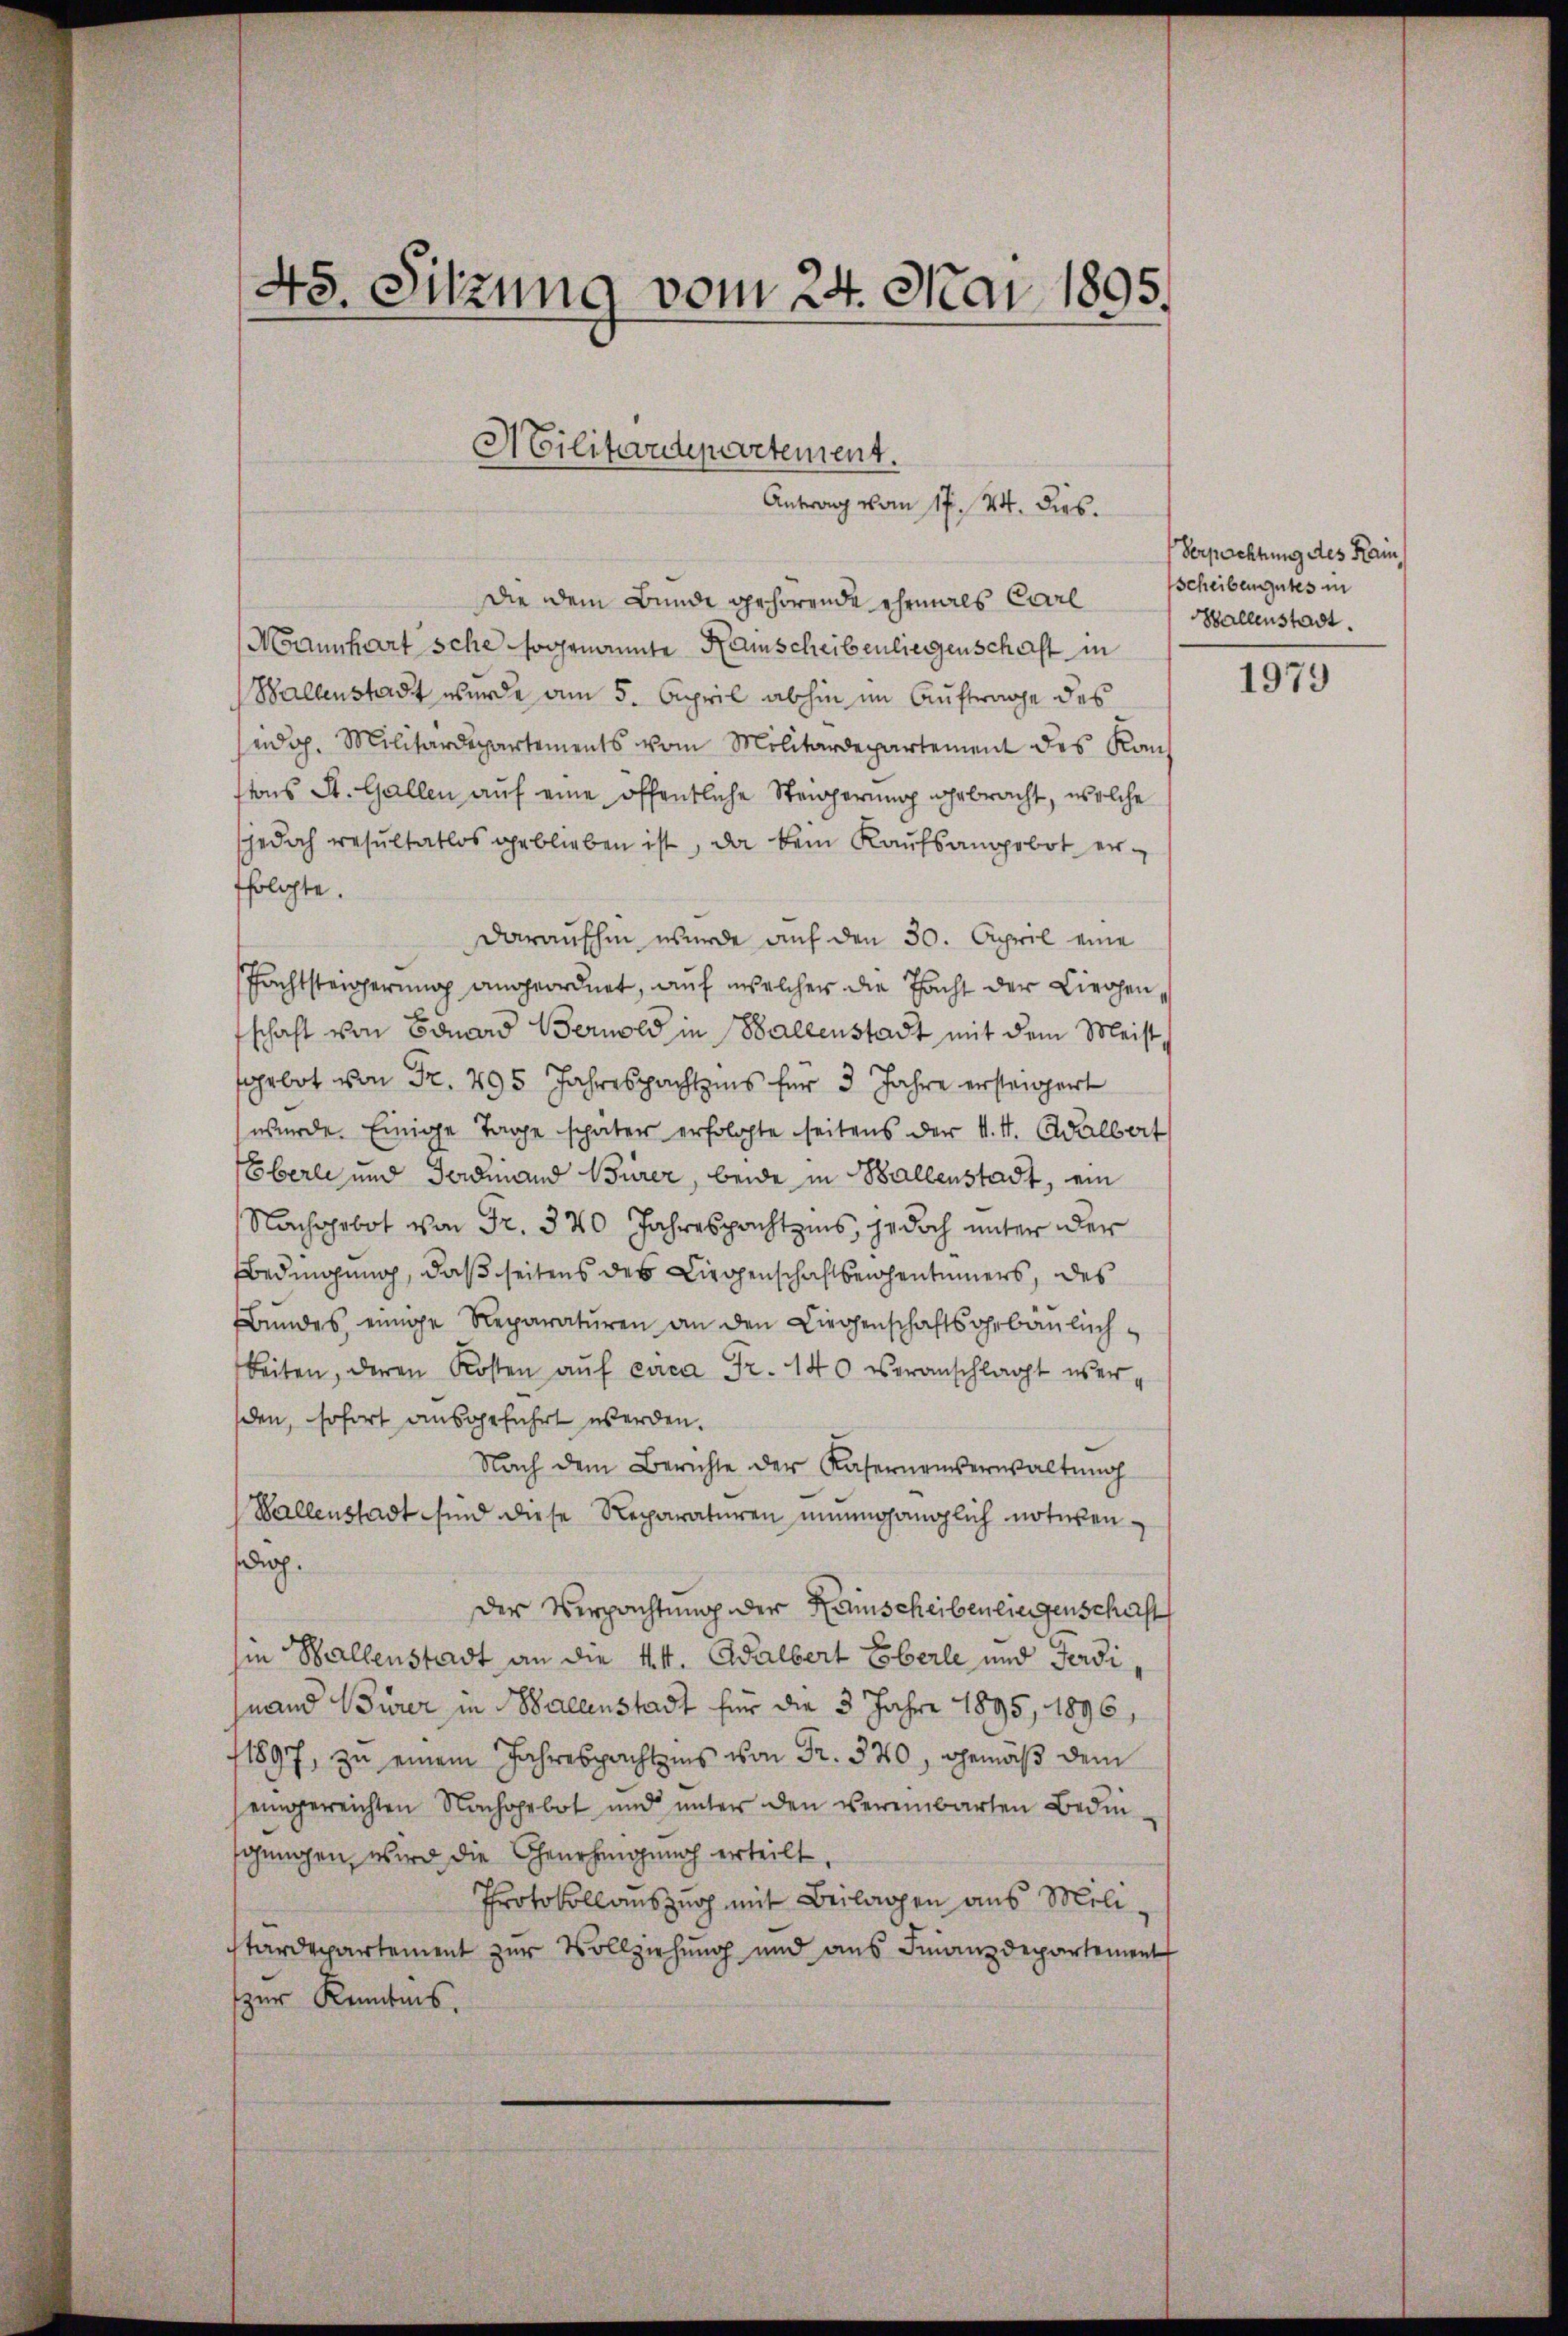
45. Sitzung vom 24. Mai 1895.

Militardepartement.
Antrag vom 17. 24. dies.

die dem Bunde gehörende Ehemals Carl
Mannhart sche sogenannte Hamscheibenliegenschaft in
Ballenstadt wurde am 5. April abhin im Auftrage des
seidg. Militärdepartements vom Militärdepartement des Kantons St. Gallen auf eine öffentliche Steigerung gebracht, welche
sjedoch resultatlos geblieben ist, da kein Kaŭfsangebot er-
folgte.
daraufhin wurde auf den 30. April eine
Pachtsteigerung angeordnet, auf welcher die Pacht der Liechen
schaft von Bonard Bernold in Ballenstadt mit dem Meist
gebot von Fr. 295 Jahrespachtens für 3 Jahre ersteigert
wurde. Einige Tage später erfolgte seitens der K. A. Adalbert
Eberli und Ferdinand Bürer, beide in Ballenstadt, ein
Nachgebot von Fr. 340 Jahrespachtens, jedoch unter der
Bedingung, daß seitens des Liegenschaftseigentümers, des
ŭndes einige Reparatŭren an den Liegenschaftsgebäŭlich-
beiten, deren Kosten aŭf circa Fr. 140 veranschlagt werden, sofort ausgeführt werden.
Nach dem Berichte der Kasernenverwaltung
Wallenstadt sind diese Reparaturen eingänglich notirendio.
Der Verpachtung der Haunscheibenliegenschaft
in Ballenstadt an die k.k. Adalbert Eberle und Ferdi
nand Burer in Ballenstadt für die 3 Jahre 1895, 1896,
11897, zu einem Jahrespachtens von Fr. 320, gemäß dem
eingereichten Nachgebot und unter den vereinbarten Bedin
schungen, wird die Genehmigung erteilt,
Protokollauszug mit Beilagen aus Militärdepartement zur Vollziehung und ans Finanzdepartement
zur Kenntnis.

Verpachtung des Kam
scheiben gutes in
Mallenstadt.

1979